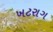
ખટરાગ